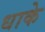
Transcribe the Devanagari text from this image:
धाके